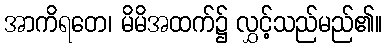
အာကိရတေ၊ မိမိအထက်၌ လွှင့်သည်မည်၏။